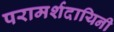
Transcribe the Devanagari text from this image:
परामर्शदायिनी